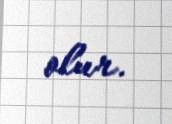
olur.